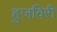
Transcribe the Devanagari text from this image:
हुजविरी